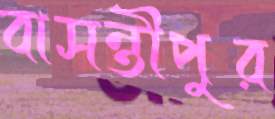
বাসন্তীপুর